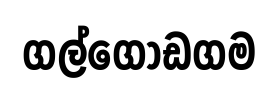
ගල්ගොඩගම